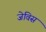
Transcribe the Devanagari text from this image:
जेविस